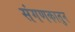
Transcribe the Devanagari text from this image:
संगणकातुन